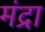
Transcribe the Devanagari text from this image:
मंद्रा